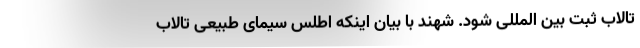
تالاب ثبت بین المللی شود. شهند با بیان اینکه اطلس سیمای طبیعی تالاب